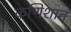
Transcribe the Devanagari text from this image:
कणिशात